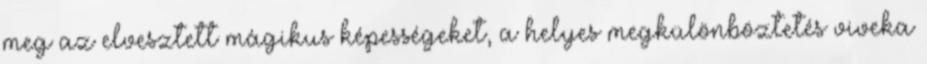
meg az elvesztett mágikus képességeket, a helyes megkülönböztetés viveka